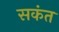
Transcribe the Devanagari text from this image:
सकंत